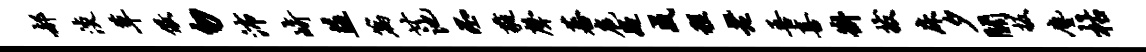
郝淡草儆勿沛崎益篇廿池丕蕤声蕃扈疑成程老吾喜斟拔床夕关扳尘枯